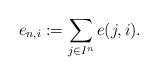
\begin{align*}e_{n,i}:=\sum_{j\in I^n}e(j,i).\end{align*}